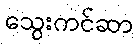
သွေးကင်ဆာ